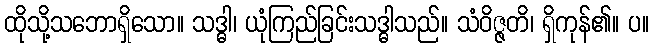
ထိုသို့သဘောရှိသော။ သဒ္ဓါ၊ ယုံကြည်ခြင်းသဒ္ဓါသည်။ သံဝိဇ္ဇတိ၊ ရှိကုန်၏။ ပ။